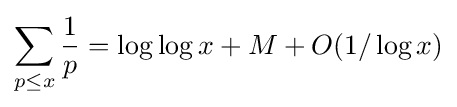
\sum _{p\leq x}{\frac {1}{p}}=\log \log x+M+O(1/\log x)